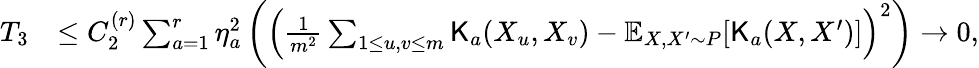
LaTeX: \begin{array}{rl}{T_{3}}&{\leq C_{2}^{(r)}\sum_{a=1}^{r}\eta_{a}^{2}\left(\left(\frac{1}{m^{2}}\sum_{1\leq u,v\leq m}{\mathsf K}_{a}(X_{u},X_{v})-\mathbb{E}_{X,X^{\prime}\sim P}[{\mathsf K}_{a}(X,X^{\prime})]\right)^{2}\right)\rightarrow 0,}\end{array}